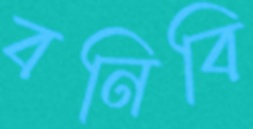
বনিবি